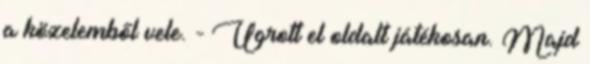
a közelemből vele. - Ugrott el oldalt játékosan. Majd